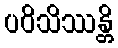
ပဝိသိဿန္တိ